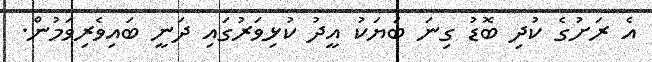
އެ ރަށުގެ ކުދި ބޮޑު ގިނަ ބަޔަކު އީދު ކުޅިވަރުގައި ދަނީ ބައިވެރިވަމުން.